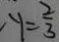
y = \frac { 2 } { 3 }